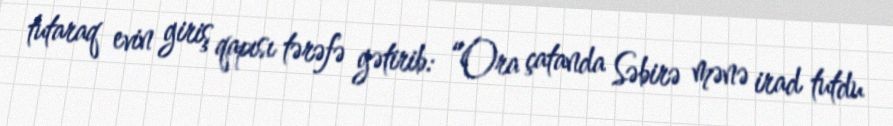
tutaraq evin giriş qapısı tərəfə gətirib: “Ora çatanda Səbirə mənə irad tutdu